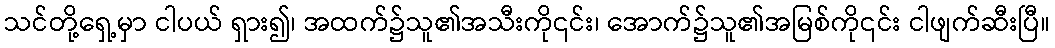
သင်တို့ရှေ့မှာ ငါပယ် ရှား၍၊ အထက်၌သူ၏အသီးကို၎င်း၊ အောက်၌သူ၏အမြစ်ကို၎င်း ငါဖျက်ဆီးပြီ။